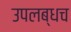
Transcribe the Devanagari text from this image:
उपलब्धच